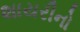
શાયરીનો